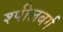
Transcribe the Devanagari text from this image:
श्पीलबर्ग